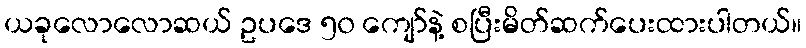
ယခုလောလောဆယ် ဥပဒေ ၅၀ ကျော်နဲ့ စပြီးမိတ်ဆက်ပေးထားပါတယ်။